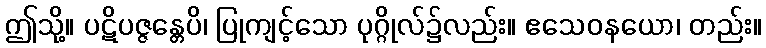
ဤသို့။ ပဋိပဇ္ဇန္တေပိ၊ ပြုကျင့်သော ပုဂ္ဂိုလ်၌လည်း။ ဧသေဝနယော၊ တည်း။